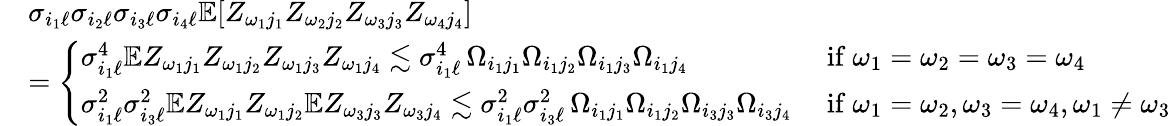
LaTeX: \begin{array}{rl}&{\sigma_{i_{1}\ell}\sigma_{i_{2}\ell}\sigma_{i_{3}\ell}\sigma_{i_{4}\ell}\mathbb{E}[Z_{\omega_{1}j_{1}}Z_{\omega_{2}j_{2}}Z_{\omega_{3}j_{3}}Z_{\omega_{4}j_{4}}]}\\ &{=\left\{ \begin{array}{ll}{\sigma_{i_{1}\ell}^{4}\mathbb{E}Z_{\omega_{1}j_{1}}Z_{\omega_{1}j_{2}}Z_{\omega_{1}j_{3}}Z_{\omega_{1}j_{4}}\lesssim\sigma_{i_{1}\ell}^{4}\, \Omega_{i_{1}j_{1}}\Omega_{i_{1}j_{2}}\Omega_{i_{1}j_{3}}\Omega_{i_{1}j_{4}}}&{\mathrm{~if~}\omega_{1}=\omega_{2}=\omega_{3}=\omega_{4}}\\ {\sigma_{i_{1}\ell}^{2}\sigma_{i_{3}\ell}^{2}\mathbb{E}Z_{\omega_{1}j_{1}}Z_{\omega_{1}j_{2}}\mathbb{E}Z_{\omega_{3}j_{3}}Z_{\omega_{3}j_{4}}\lesssim\sigma_{i_{1}\ell}^{2}\sigma_{i_{3}\ell}^{2}\, \Omega_{i_{1}j_{1}}\Omega_{i_{1}j_{2}}\Omega_{i_{3}j_{3}}\Omega_{i_{3}j_{4}}}&{\mathrm{~if~}\omega_{1}=\omega_{2},\omega_{3}=\omega_{4},\omega_{1}\neq\omega_{3}}\end{array}\right.}\end{array}